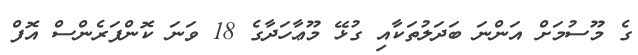
ގެ މޫސުމަށް އަންނަ ބަދަލުތަކާއި ގުޅޭ މޫޢާހަދާގެ 18 ވަނަ ކޮންފަރެންސް އޮފް